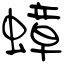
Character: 蟑